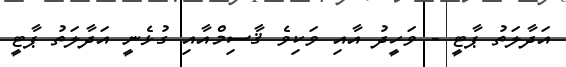
އަދާލަތު ޕާޓީ - ވަހީދު އާއި ވަކިވެ ޤާސިމްއާއި ގުޅެނީ އަދާލަތު ޕާޓީ